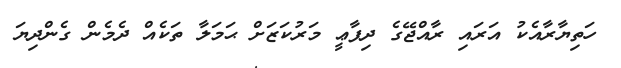
ހަތިޔާރާއެކު އަރައި ރާއްޖޭގެ ދިފާޢީ މަރުކަޒަށް ޙަމަލާ ތަކެއް ދެމެން ގެންދިޔަ